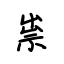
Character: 祟